Annual administration report of the Civil Veterinary Department, Sind - 1944-1945
Year: 1944
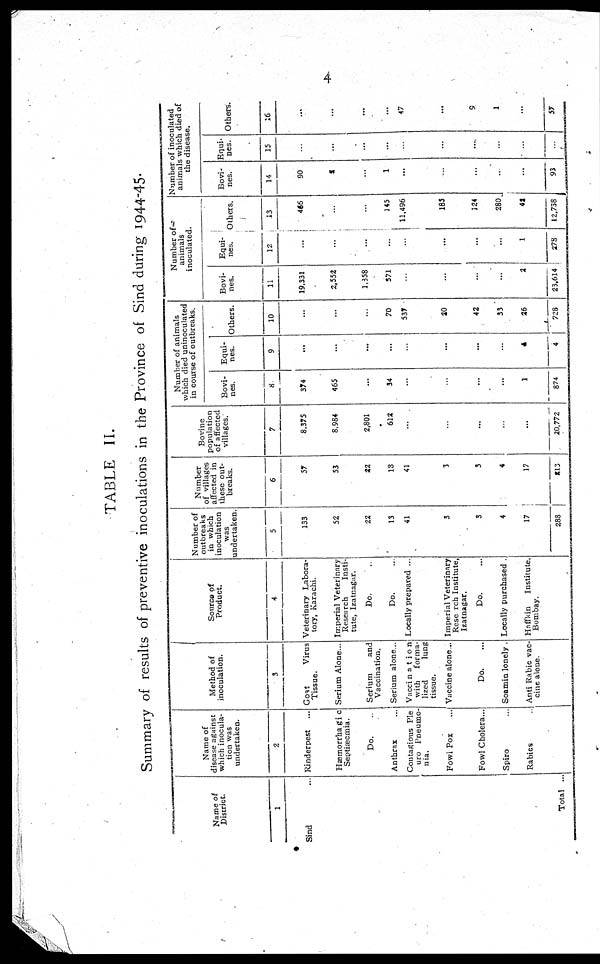
4
TABLE II.
Summary of results of preventive inoculations in the Province of Sind during 1944-45.
Name of
District.
1
Sind ...
Total ...
Name of
disease against
which inocula-
tion was
undertaken.
2
Rinderpest ...
Hæmorrhagic
Septiæcmia.
Do. ..
Anthrax ...
Contagious Ple
uro Pneumo-
nia.
Fowi Pox ...
Fowl Cholera ...
Spiro ...
Rabies ...
Method of
inoculation.
3
Goat
Virus
Tissue.
Serium Alone...
Serium
and
Vaccination.
Serium alone...
Vaccination
with
forma-
lized
lung
tissue.
Vaccine alone ...
Do. ...
Soamin lonely .
Anti Rabic vac-
cine alone.
Source of
Product.
4
Veterinary Labora-
tory, Karachi.
Imperial Veterinary
Research
Insti-
tute, Izatnagar.
Do. ...
Do. ...
Locally prepared ...
Imperial Veterinary
Reserch Institute,
Izatnagar.
Do. ...
Locally purchased .
Haffkin
Institute,
Bombay.
Number of
outbreaks
in which
inoculation
was
undertaken.
5
133
52
22
13
41
3
3
4
17
288
Number
of villages
affected in
these out-
breaks.
6
57
53
22
13
41
3
3
4
17
213
Bovine
population
of affected
villages.
7
8,375
8,984
2,801
612
...
...
...
...
...
20,772
Number of animals
which died uninoculated
in course of outbreaks.
Bovi-
nes.
8
374
465
...
34
...
...
...
...
1
874
Equi-
nes.
9
...
...
...
...
...
...
...
...
4
4
Others.
10
...
...
...
70
537
20
42
33
26
728
Number of—
animals
inoculated.
Bovi-
nes.
11
19,331
2,552
1,358
371
...
...
...
...
2
23,614
Equi-
nes.
12
...
...
...
...
...
...
...
...
1
278
Others.
13
466
...
...
145
11,496
185
124
280
42
12,738
Number of inoculated
animals which died of
the disease.
Bovi-
nes.
14
90
2
...
1
...
...
...
...
...
93
Equi-
nes.
15
...
...
...
...
...
...
...
...
...
Others.
16
...
...
...
...
47
...
9
1
...
57